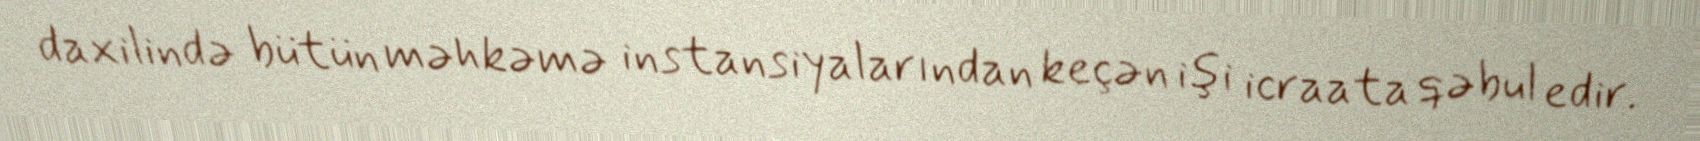
daxilində bütün məhkəmə instansiyalarından keçən işi icraata qəbul edir.